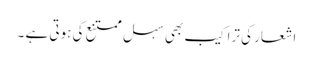
اشعار کی تراکیب بھی سہل ممتنع کی ہوتی ہے ۔